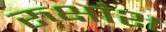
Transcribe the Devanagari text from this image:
रुक्षांश